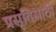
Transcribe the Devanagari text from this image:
प्रसूतिसाठी